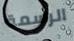
الرسمة